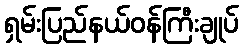
ရှမ်းပြည်နယ်ဝန်ကြီးချုပ်